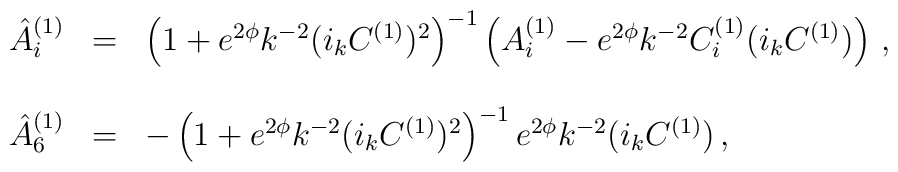
\begin{array}{rcl}{\hat A}^{(1)}_i &=& \left( 1 + e^{2 \phi} k^{-2} (i_k C^{(1)})^2 \right)^{-1}\left( A^{(1)}_i - e^{2 \phi}k^{-2}C^{(1)}_i (i_k C^{(1)}) \right)\, , \\ & & \\{\hat A}^{(1)}_6 &=& -\left( 1 + e^{2 \phi} k^{-2} (i_k C^{(1)})^2 \right)^{-1} e^{2 \phi} k^{-2} (i_k C^{(1)}) \, ,\\\end{array}